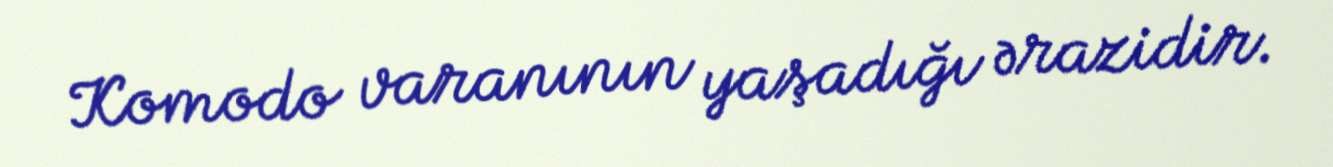
Komodo varanının yaşadığı ərazidir.